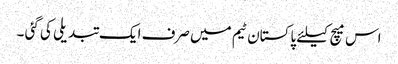
اس میچ کیلئے پاکستان ٹیم میں صرف ایک تبدیلی کی گئی ۔